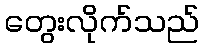
တွေးလိုက်သည်